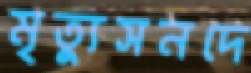
মৃত্যুসনদে